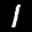
Label: 1